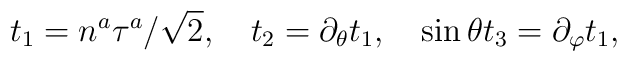
t_1=n^{a}\tau^{a}/\sqrt{2},\quad t_{2}=\partial_{\theta}t_{1},\quad\sin\theta t_{3}=\partial_{\varphi}t_{1},